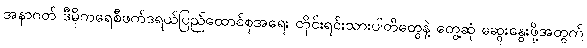
အနာဂတ် ဒီမိုကရေစီဖက်ဒရယ်ပြည်ထောင်စုအရေး တိုင်းရင်းသားပါတီတွေနဲ့ တွေ့ဆုံ ဆွေးနွေးဖို့အတွက်